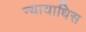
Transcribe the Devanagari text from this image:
न्यायाधिस